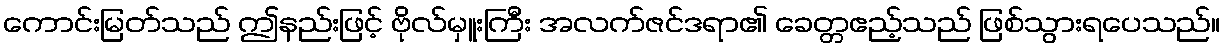
ကောင်းမြတ်သည် ဤနည်းဖြင့် ဗိုလ်မှူးကြီး အလက်ဇင်ဒရာ၏ ခေတ္တဧည့်သည် ဖြစ်သွားရပေသည်။